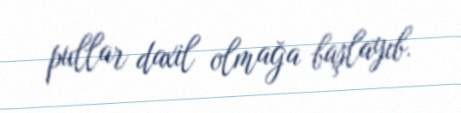
pullar daxil olmağa başlayıb.